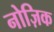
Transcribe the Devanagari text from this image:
नोज़िक